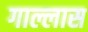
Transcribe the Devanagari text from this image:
गाल्लास